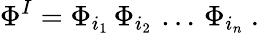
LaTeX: \Phi^{I}=\Phi_{i_{1}}\, \Phi_{i_{2}}\, \dots\, \Phi_{i_{n}}\ .